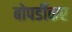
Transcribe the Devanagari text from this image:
बोपर्डीकर